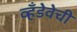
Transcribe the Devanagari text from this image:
व्हँडेवेची